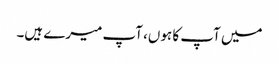
میں آپ کا ہوں، آپ میرے ہیں۔